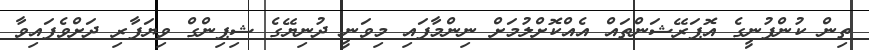
ތިން ކުންފުނީގެ އޮޕަރޭޝަންތައް އެއްކޮށްލުމަށް ނިންމާފައި މިވަނީ ދުނިޔޭގެ ޝިޕިންގް ވިޔަފާރި ދަށްވެފައިވާ